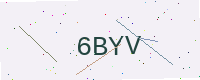
Text: 6BYV